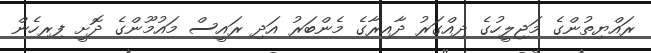
ރައްޔިތުންގެ މަޖިލީހުގެ ދިއްގަރު ދާއިރާގެ މެންބަރު އަދި ރައީސް މައުމޫންގެ ދޮށީ ފިރިހެން